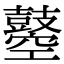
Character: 𪔣